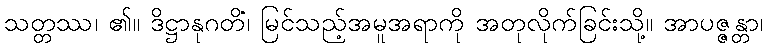
သတ္တဿ၊ ၏။ ဒိဋ္ဌာနုဂတိံ၊ မြင်သည့်အမူအရာကို အတုလိုက်ခြင်းသို့။ အာပဇ္ဇန္တာ၊